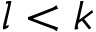
l < k